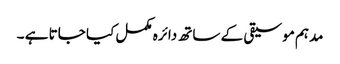
مدہم موسیقی کے ساتھ دائرہ مکمل کیا جاتا ہے ۔